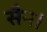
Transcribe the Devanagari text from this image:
सैन।